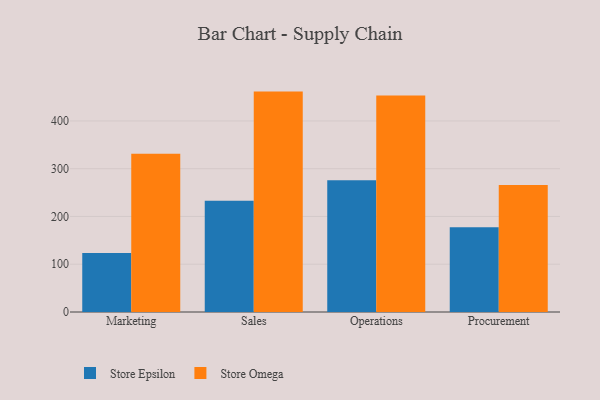
{"axis": {"x": "Department", "y": "Tickets Resolved"}, "legend": ["Store Epsilon", "Store Omega"], "data": [{"x": "Marketing", "y": 123.7, "type": "Store Epsilon"}, {"x": "Marketing", "y": 331.2, "type": "Store Omega"}, {"x": "Sales", "y": 233.1, "type": "Store Epsilon"}, {"x": "Sales", "y": 461.4, "type": "Store Omega"}, {"x": "Operations", "y": 276.0, "type": "Store Epsilon"}, {"x": "Operations", "y": 453.1, "type": "Store Omega"}, {"x": "Procurement", "y": 177.4, "type": "Store Epsilon"}, {"x": "Procurement", "y": 265.9, "type": "Store Omega"}]}